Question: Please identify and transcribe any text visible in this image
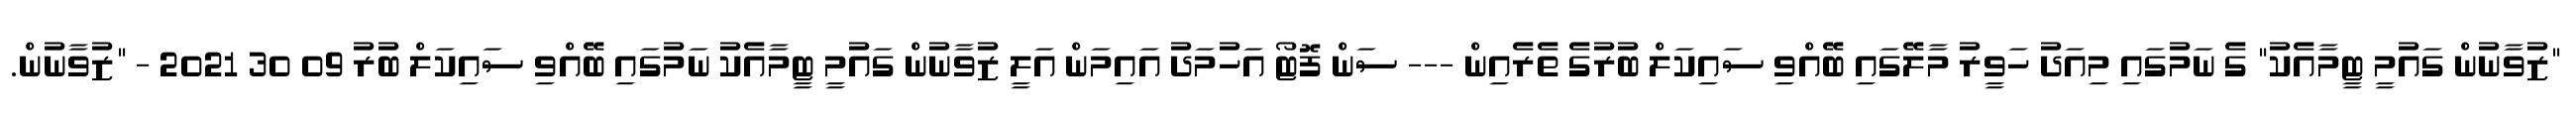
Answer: "ޒުވާނުން ގައުމީ ޓީމާއެކު" ގެ ނަމުގައި މިއަދު ހަވީރު މާލޭގައި ބޭއްވި ސައިކަލް ބުރުގެ ތެރެއިން --- ސަން ފޮޓޯ އަހުމަދު އައިމަން އަލީ ޒުވާނުން ގައުމީ ޓީމާއެކު ނަމުގައި ބޭއްވި ސައިކަލް ބުރު 09 30 2021 - "ޒުވާނުން.